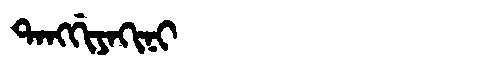
Manchu: ᡨᠠᠩᡤᡳᠶᠠᡴᡳᠨᡳ
Romanization: TANGGIYAKINI